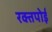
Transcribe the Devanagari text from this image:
रक्तपोई